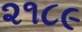
૨૧૮૯